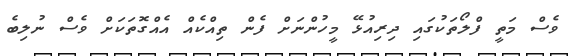
ވެސް މަތީ ފްލޯތަކުގައި ދިރިއުޅޭ މީހުންނަށް ފެން ތިއްކެއް އެއްގޮތަކަށް ވެސް ނުލިބެ